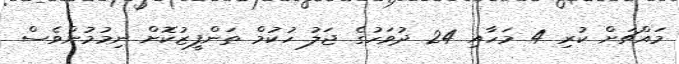
މައްޗަށް ކުރި 4 މަހާއި 24 ދުވަހުގެ ޖަލު ހުކުމް ތަންފީޒުކޮށް ނިމުމުންވެސް